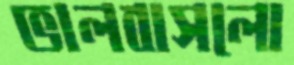
ভালবাসলো